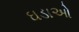
ઘડાઓ